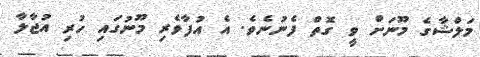
މަލްޝާގެ މޫނަށް ވީ ގޮތް ފެނުނެވެެ. އެ އުފާވެރި މޫނުގައި ހުރި އުޖާލާ